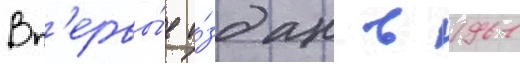
Вп'ервы́е и́здан в 1961